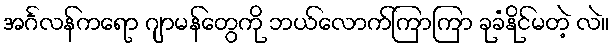
အင်္ဂလန်ကရော ဂျာမန်တွေကို ဘယ်လောက်ကြာကြာ ခုခံနိုင်မတဲ့ လဲ။